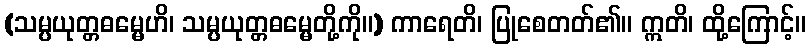
(သမ္ပယုတ္တဓမ္မေဟိ၊ သမ္ပယုတ္တဓမ္မေတို့ကို။) ကာရေတိ၊ ပြုစေတတ်၏။ ဣတိ၊ ထို့ကြောင့်။